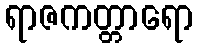
ရာဇကတ္တာရော